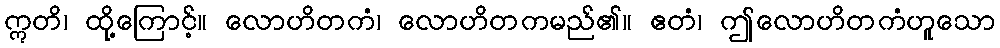
ဣတိ၊ ထို့ကြောင့်။ လောဟိတကံ၊ လောဟိတကမည်၏။ ဧတံ၊ ဤလောဟိတကံဟူသော